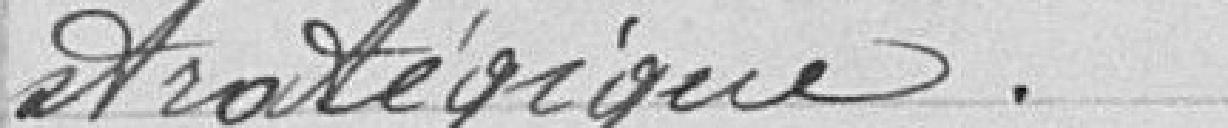
stratégique.